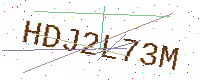
Text: HDJ2L73M